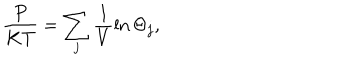
\frac { P } { K T } = \sum _ { j } \frac { 1 } { V } \ln \Theta _ { j } ,